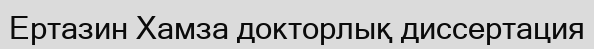
Ертазин Хамза докторлық диссертация